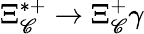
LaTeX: \Xi_{\mathscr{C}}^{*+}\to\Xi_{\mathscr{C}}^{+}\gamma